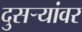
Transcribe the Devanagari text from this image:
दुसर्‍यांवर